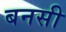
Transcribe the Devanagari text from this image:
बनसी